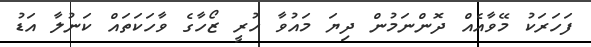
ފަހަރަކު މޭވާއެއް ދޮންނަމުން ދިޔަ މައުވާ ހުރީ ޒޯހާގެ ވާހަކަތައް ކަނުލާ އަޑު